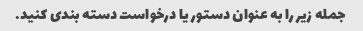
جمله زیر را به عنوان دستور یا درخواست دسته بندی کنید.